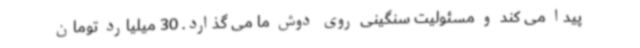
پیدا می کند و مسئولیت سنگینی روی دوش ما می گذارد. 30 میلیارد تومان